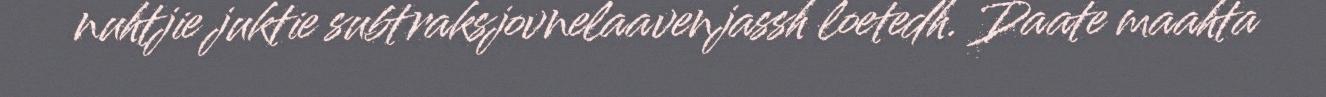
nuhtjie juktie subtraksjovnelaavenjassh loetedh. Daate maahta